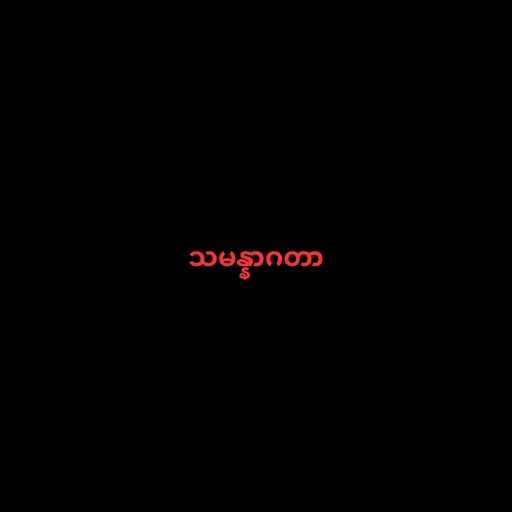
သမန္နာဂတာ